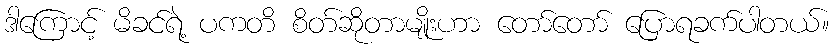
ဒါကြောင့် မိခင်ရဲ့ ပကတိ စိတ်ဆိုတာမျိုးဟာ တော်တော် ပြောရခက်ပါတယ်။